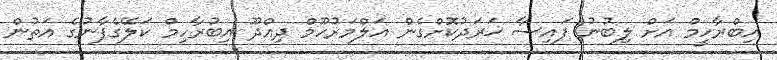
އިބްރާހީމް އަށް ލިބުނު ފައިސާ ޚަރަދުކޮށްގެން އަލްމަރުހޫމް ދިއްދޫ އިބުރާހިމް ކަލޭގެފާނުގެ އަތުން